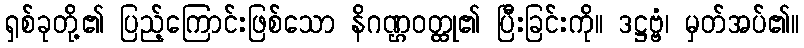
ရှစ်ခုတို့၏ ပြည့်ကြောင်းဖြစ်သော နိဂဏ္ဌဝတ္ထု၏ ပြီးခြင်းကို။ ဒဋ္ဌဗ္ဗံ၊ မှတ်အပ်၏။